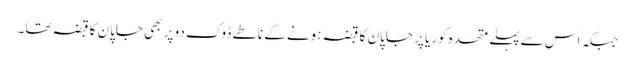
جبکہ اس سےپہلے متحدہ کوریا پر جاپان کا قبضہ ہونے کے ناطے ڈوک دو پر بھی جاپان کا قبضہ تھا۔